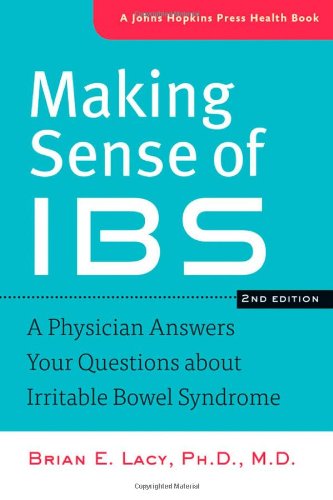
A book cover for Making Sense of IBS: A Physician Answers Your Questions about Irritable Bowel Syndrome (A Johns Hopkins Press Health Book); Brian E. Lacy; Health, Fitness & Dieting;